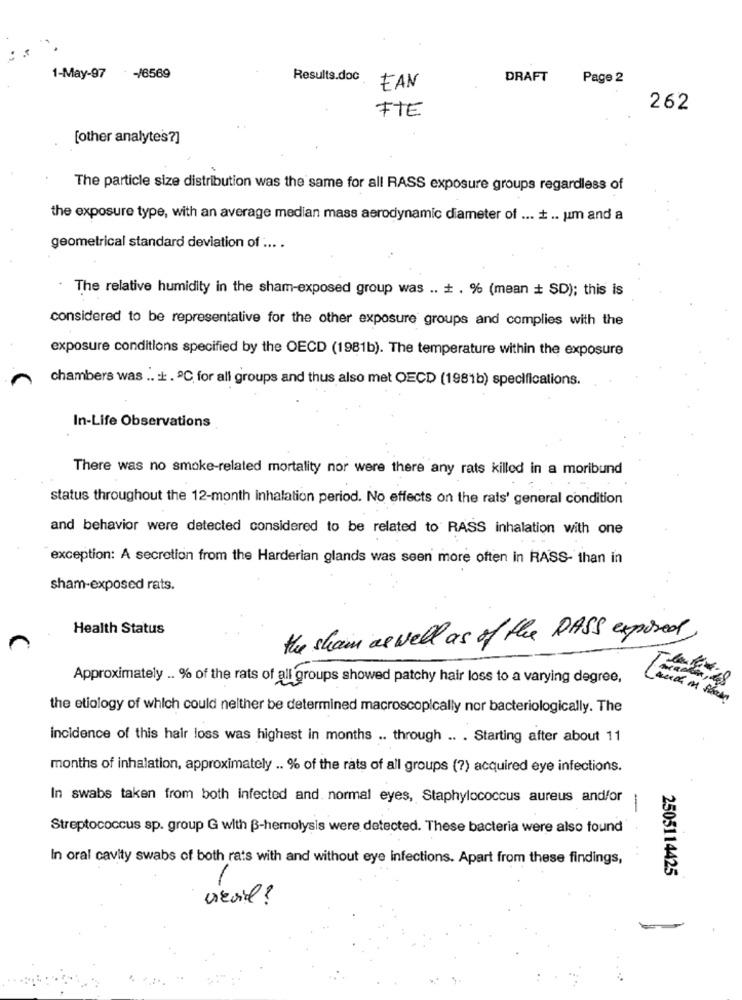
1-May-97 -/6569
Results.doc
DRAFT
Page 2
EAN
262
FTE
[other analytes?]
The particle size distribution was the same for all RASS exposure groups regardless of
the exposure type, with an average median mass aerodynamic diameter of ... .. um and a
geometrical standard deviation of ... .
The relative humidity in the sham-exposed group was .. + . % (mean + SD); this is
considered to be representative for the other exposure groups and complies with the
exposure conditions specified by the OECD (1981b). The temperature within the exposure
chambers was .. . ℃, for all groups and thus also met OECD (1981b) specifications.
In-Life Observations
There was no smoke-related mortality nor were there any rats killed in a moribund
status throughout the 12-month inhalation period. No effects on the rats' general condition
and behavior were detected considered to be related to RASS inhalation with one
exception: A secretion from the Harderian glands was seen more often in RASS- than in
sham-exposed rats.
Health Status
the sham as well as of the DASS exposed
Approximately .. % of the rats of all groups showed patchy hair loss to a varying degree,
the etiology of which could neither be determined macroscopically nor bacteriologically. The
incidence of this hair loss was highest in months .. through .. . Starting after about 11
months of inhalation, approximately .. % of the rats of all groups (7) acquired eye infections.
In swabs taken from both infected and. normal eyes, Staphylococcus aureus andfor
-
Streptococcus sp. group G with B-hemolysis were detected. These bacteria were also found
In oral cavity swabs of both rats with and without eye infections. Apart from these findings,
2505114425
vevil ?